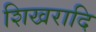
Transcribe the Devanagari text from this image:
शिखरादि